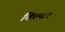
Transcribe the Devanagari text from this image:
तिल्यर